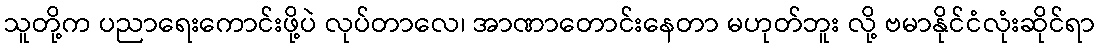
သူတို့က ပညာရေးကောင်းဖို့ပဲ လုပ်တာလေ၊ အာဏာတောင်းနေတာ မဟုတ်ဘူး လို့ ဗမာနိုင်ငံလုံးဆိုင်ရာ